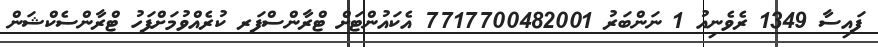
ފައިސާ 1349 ރެވެނިއު 1 ނަންބަރު 7717700482001 އެކައުންޓަށް ޓްރާންސްފަރ ކުރެއްވުމަށްފަހު ޓްރާންސެކްޝަން